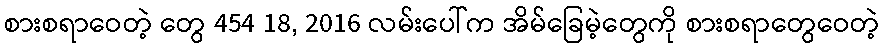
စားစရာဝေတဲ့ တွေ 454 18, 2016 လမ်းပေါ်က အိမ်ခြေမဲ့တွေကို စားစရာတွေဝေတဲ့